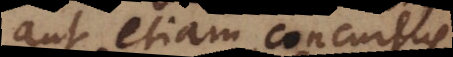
aut etiam concursus